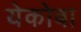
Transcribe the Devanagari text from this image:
येकोबा